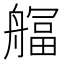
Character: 䒄